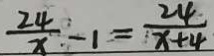
\frac { 2 4 } { x } - 1 = \frac { 2 4 } { x + 4 }